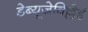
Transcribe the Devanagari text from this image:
डेब्यूज़ेविल्लेई